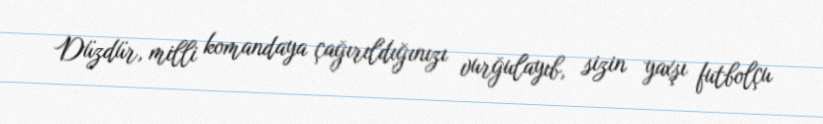
Düzdür, milli komandaya çağırıldığınızı vurğulayıb, sizin yaxşı futbolçu